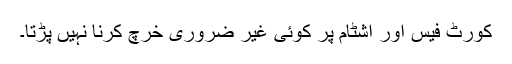
کورٹ فیس اور اشٹام پر کوئی غیر ضروری خرچ کرنا نہیں پڑتا۔